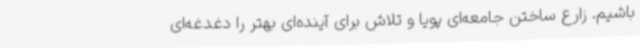
باشیم. زارع ساختن جامعه‌ای پویا و تلاش برای آینده‌ای بهتر را دغدغه‌ای